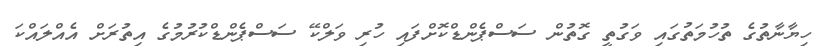
ހިޔާނާތުގެ ތުހުމަތުގައި ވަގުތީ ގޮތުން ސަސްޕެންޑްކޮށްފައި ހުރި ވަލްކޭ ސަސްޕެންޑްކުރުމުގެ އިތުރަށް އެއްލައްކަ